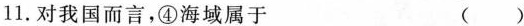
11.对我国而言，④海域属于 ( )